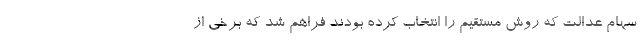
سهام عدالت که روش مستقیم را انتخاب کرده بودند فراهم شد که برخی از